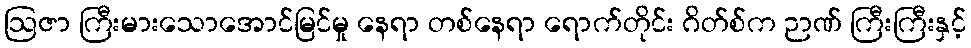
ဩဇာ ကြီးမားသောအောင်မြင်မှု နေရာ တစ်နေရာ ရောက်တိုင်း ဂိတ်စ်က ဉာဏ် ကြီးကြီးနှင့်